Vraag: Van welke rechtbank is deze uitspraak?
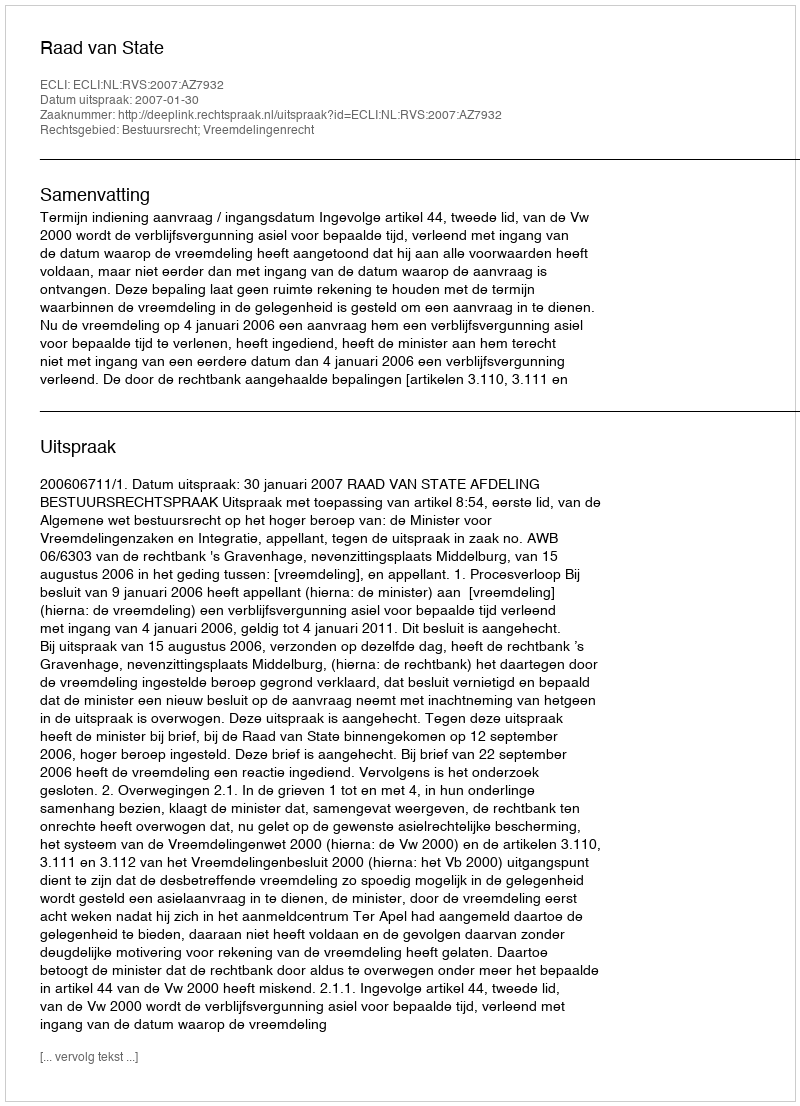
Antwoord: Raad van State